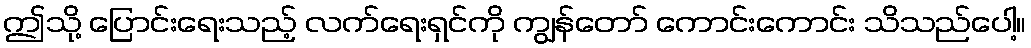
ဤသို့ ပြောင်းရေးသည့် လက်ရေးရှင်ကို ကျွန်တော် ကောင်းကောင်း သိသည်ပေါ့။